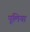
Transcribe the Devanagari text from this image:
पूलिया